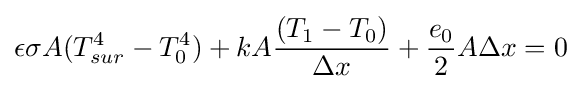
\epsilon \sigma A{(T_{sur}^{4}-T_{0}^{4})}+kA{\frac {(T_{1}-T_{0})}{\Delta {x}}}+{\frac {e_{0}}{2}}A\Delta {x}=0